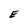
Character: E